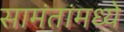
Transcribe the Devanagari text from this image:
सामंतांमध्ये